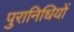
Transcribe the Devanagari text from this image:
पुरानिधियों